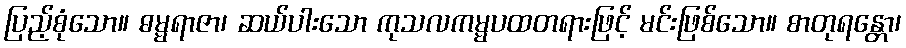
ပြည့်စုံသော။ ဓမ္မရာဇာ၊ ဆယ်ပါးသော ကုသလကမ္မပထတရားဖြင့် မင်းဖြစ်သော။ စာတုရန္တော၊